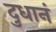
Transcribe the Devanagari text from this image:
दुधानं